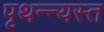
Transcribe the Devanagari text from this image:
पृथन्न्यस्त